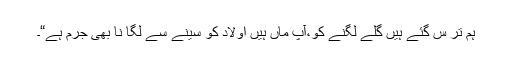
ہم تر س گئے ہیں گلے لگنے کو،آپ ماں ہیں اولاد کو سینے سے لگا نا بھی جرم ہے“۔